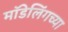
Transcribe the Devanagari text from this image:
मॉडेलिंगच्या